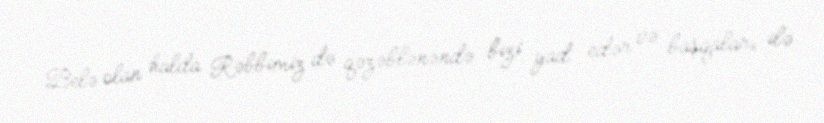
Belə olan halda Rəbbimiz də qəzəblənəndə bizi yad edər və başqaları ilə